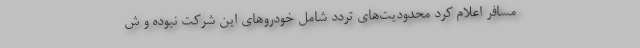
مسافر اعلام کرد محدودیت‌های تردد شامل خودروهای این شرکت نبوده و ش